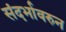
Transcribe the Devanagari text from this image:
संदर्भावरुन